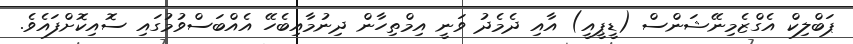
ޕަބްލިކް އެގްޒެމިނޭޝަންސް (ޑީޕީއީ) އާއި ދެމެދު ވަނީ އިމްތިހާން ދިނުމާއިބެހޭ އެއްބަސްވުމުގައި ސޮއިކޮށްފައެވެ.